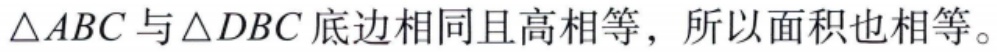
$\triangle ABC$与$\triangle DBC$底边相同且高相等，所以面积也相等。